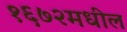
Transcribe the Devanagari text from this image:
१६७२मधील